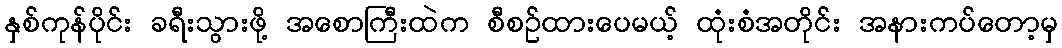
နှစ်ကုန်ပိုင်း ခရီးသွားဖို့ အစောကြီးထဲက စီစဉ်ထားပေမယ့် ထုံးစံအတိုင်း အနားကပ်တော့မှ